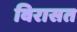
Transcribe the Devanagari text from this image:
विरासत